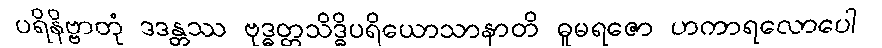
ပရိနိဗ္ဗာတုံ ဒဒန္တဿ ဗုဒ္ဓတ္တသိဒ္ဓိပရိယောသာနာတိ ဓူမရဇော ဟကာရလောပေါ